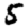
Digit: 5